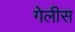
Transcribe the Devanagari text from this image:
गेलीस